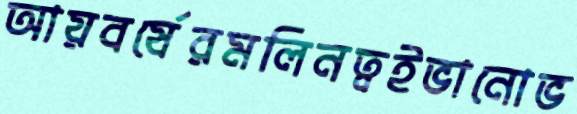
আয়বর্ষেরমলিনত্বইভানোভ